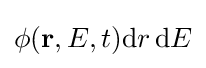
\phi (\mathbf {r} ,E,t)\mathrm {d} r\,\mathrm {d} E